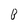
Character: B